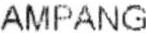
AMPANG